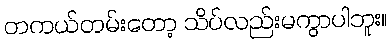
တကယ်တမ်းတော့ သိပ်လည်းမကွာပါဘူး။